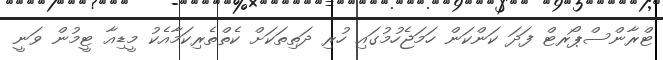
ޓްރާންސްޕޯރޓް ފަދަ ކަންކަން ހަމަޖެހުމުގައި ހުރި ދަތިތަކަށް ކެތްތެރިކަމާއެކު މީޑިއާ ޓީމުން ވަނީ